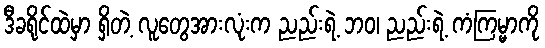
ဒီခရိုင်ထဲမှာ ရှိတဲ့ လူတွေအားလုံးက ညည်းရဲ့ ဘဝ၊ ညည်းရဲ့ ကံကြမ္မာကို